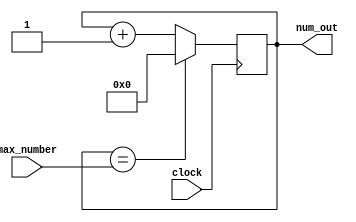
module random(clock, max_number, num_out);
/*
    Module that will generate a pseudorandom number
    A faster clock  will generate a "more" random number
    max_number is an 8 bit input, which dictates the maximum number that will be
    outputted from the module.
*/
input clock;
input [13:0]max_number;

output [13:0]num_out;

reg [13:0]counter;

assign num_out = counter;

always@(posedge clock)
begin
    if(counter == max_number)
    begin
        counter <= 8'd0;
    end
    else
    begin
        counter <= counter + 1'b1;
    end
end

endmodule